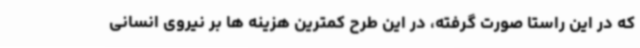
که در این راستا صورت گرفته، در این طرح کمترین هزینه ها بر نیروی انسانی